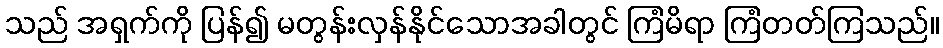
သည် အရှက်ကို ပြန်၍ မတွန်းလှန်နိုင်သောအခါတွင် ကြံမိရာ ကြံတတ်ကြသည်။